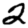
Digit: 2